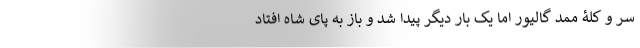
سر و کلۀ ممد گالیور اما یک بار دیگر پیدا شد و باز به پای شاه افتاد